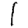
Digit: 1